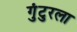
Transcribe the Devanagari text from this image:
गुंटुरला